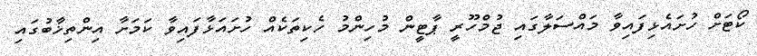
ކޯޓަށް ހުށައެޅިފައިވާ މައްސަލާގައި ޖުމްހޫރީ ޕާޓީން މުހިންމު ހެކިތަކެއް ހުށައަޅާފައިވާ ކަމަށާ އިންތިޚާބުގައި